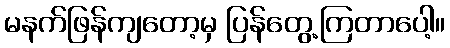
မနက်ဖြန်ကျတော့မှ ပြန်တွေ့ကြတာပေါ့။